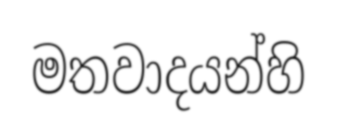
මතවාදයන්හි